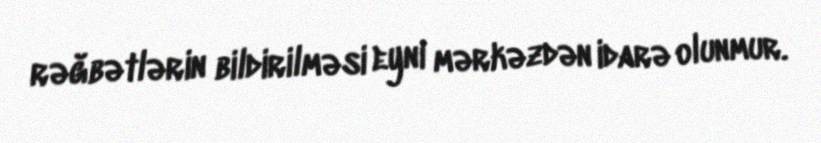
rəğbətlərin bildirilməsi eyni mərkəzdən idarə olunmur.